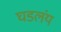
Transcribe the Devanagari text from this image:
घडलंय